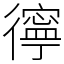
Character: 㣷